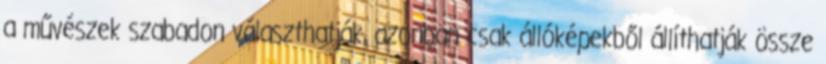
a művészek szabadon választhatják, azonban csak állóképekből állíthatják össze